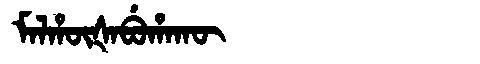
Manchu: ᠮᠠᠯᡥᡡᡧᠠᠪᡠᡥᠠᡴᡡ
Romanization: MALHŪŠABUHAKŪ